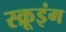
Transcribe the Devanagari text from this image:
स्क्रूइंग